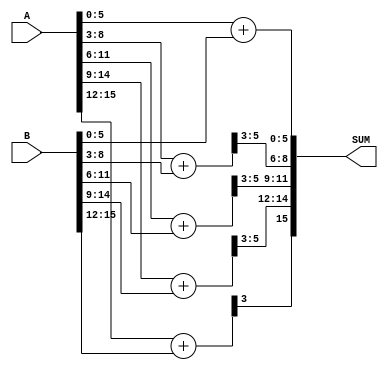
/**************************************************************************
 *  16bit adder                                                            *
 *  Written by: S. H. Kang                                                *
 **************************************************************************/
`ifndef i_ap_adder
`define i_ap_adder
module i_ap_adder ( A, B, SUM);

input   [15:0]  A, B;
output  [15:0]  SUM;


// wire [6:0] S0 = A[5:0] + B[5:0];
// wire [6:0] S3 = A[8:3] + B[8:3] + A[0];
// wire [6:0] S6 = A[11:6] + B[11:6] + A[3];
// wire [6:0] S9 = A[14:9] + B[14:9] + A[6];
// wire [4:0] S12 = A[15:12] + B[15:12] + A[9];
wire [6:0] S0 = A[5:0] + B[5:0];
wire [6:0] S3 = A[8:3] + B[8:3];
wire [6:0] S6 = A[11:6] + B[11:6];
wire [6:0] S9 = A[14:9] + B[14:9];
wire [4:0] S12 = A[15:12] + B[15:12];


assign  SUM = {S12[3],S9[5:3],S6[5:3],S3[5:3],S0[5:0]}; //   3,3,3,6

endmodule

`endif